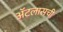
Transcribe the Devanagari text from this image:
ॲटलासची